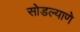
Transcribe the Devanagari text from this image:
सोडल्याणे